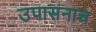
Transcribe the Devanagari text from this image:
उपासनाच